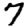
Digit: 7